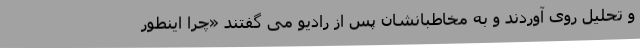
و تحلیل روی آوردند و به مخاطبانشان پس از رادیو می گفتند «چرا اینطور